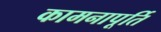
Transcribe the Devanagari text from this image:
कामनापूर्ति